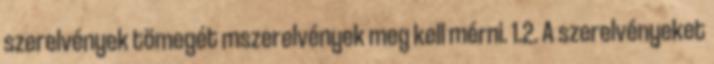
szerelvények tömegét mszerelvények meg kell mérni. 1.2. A szerelvényeket